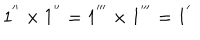
1 ^ { ' ^ { \prime } } \times 1 ^ { ' ^ { \prime } } = 1 ^ { ' ^ { \prime \prime } } \times 1 ^ { ' ^ { \prime \prime } } = 1 ^ { ' }